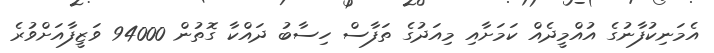
އެމަނިކުފާނުގެ އުއްމީދެއް ކަމަށާއި މިއަދުގެ ތަފާސް ހިސާބު ދައްކާ ގޮތުން 94000 ވަޒީފާއަށްވުރެ